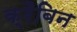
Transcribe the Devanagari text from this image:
क्रैबिन